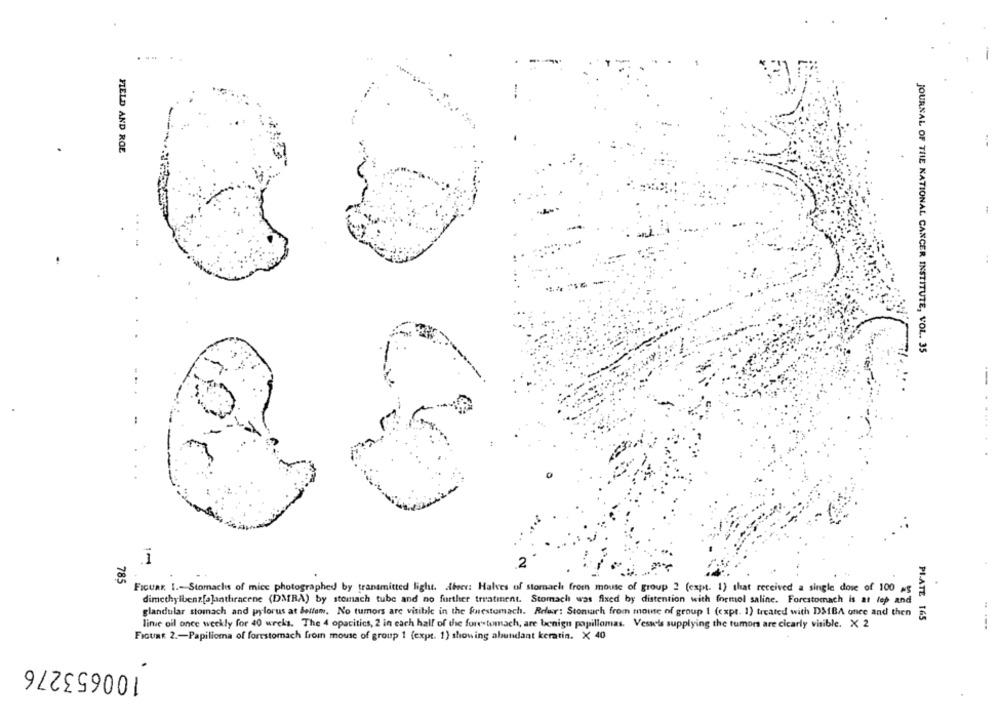
FIELD AND ROE
JOURNAL OF THE NATIONAL CANCER INSTITUTE, VOL. 35
.1
2
785
FIGURr. I .- Stomachs of mice photographed by transmitted light. Abeer: Halves of stomach from mouse of group 2 (expt. 1) that received a single dose of 100 wg
dimethylbenz[a]anthracene (DMRA) by stomach tube and no further treatment. Stomach was fixed by distention with formol saline. Forestomach is at lep and
glandular stomach and pylorus at bellen. No tumors are visible in the forestomach. Refer: Stomach from mouse of group 1 (expt. 1) treated with DSIBA once and then
PIATE 165
linie oil once weekly for 40 weeks. The 4 opacitics, 2 in each half of the forestumach, are benign papillomas. Vessels supplying the tumors are cicarly visible. X 2
FIGURE 2 .- Papilloma of forestorach from mouse of group 1 (expt. 1) showing abundant keratin. X 40
100653276